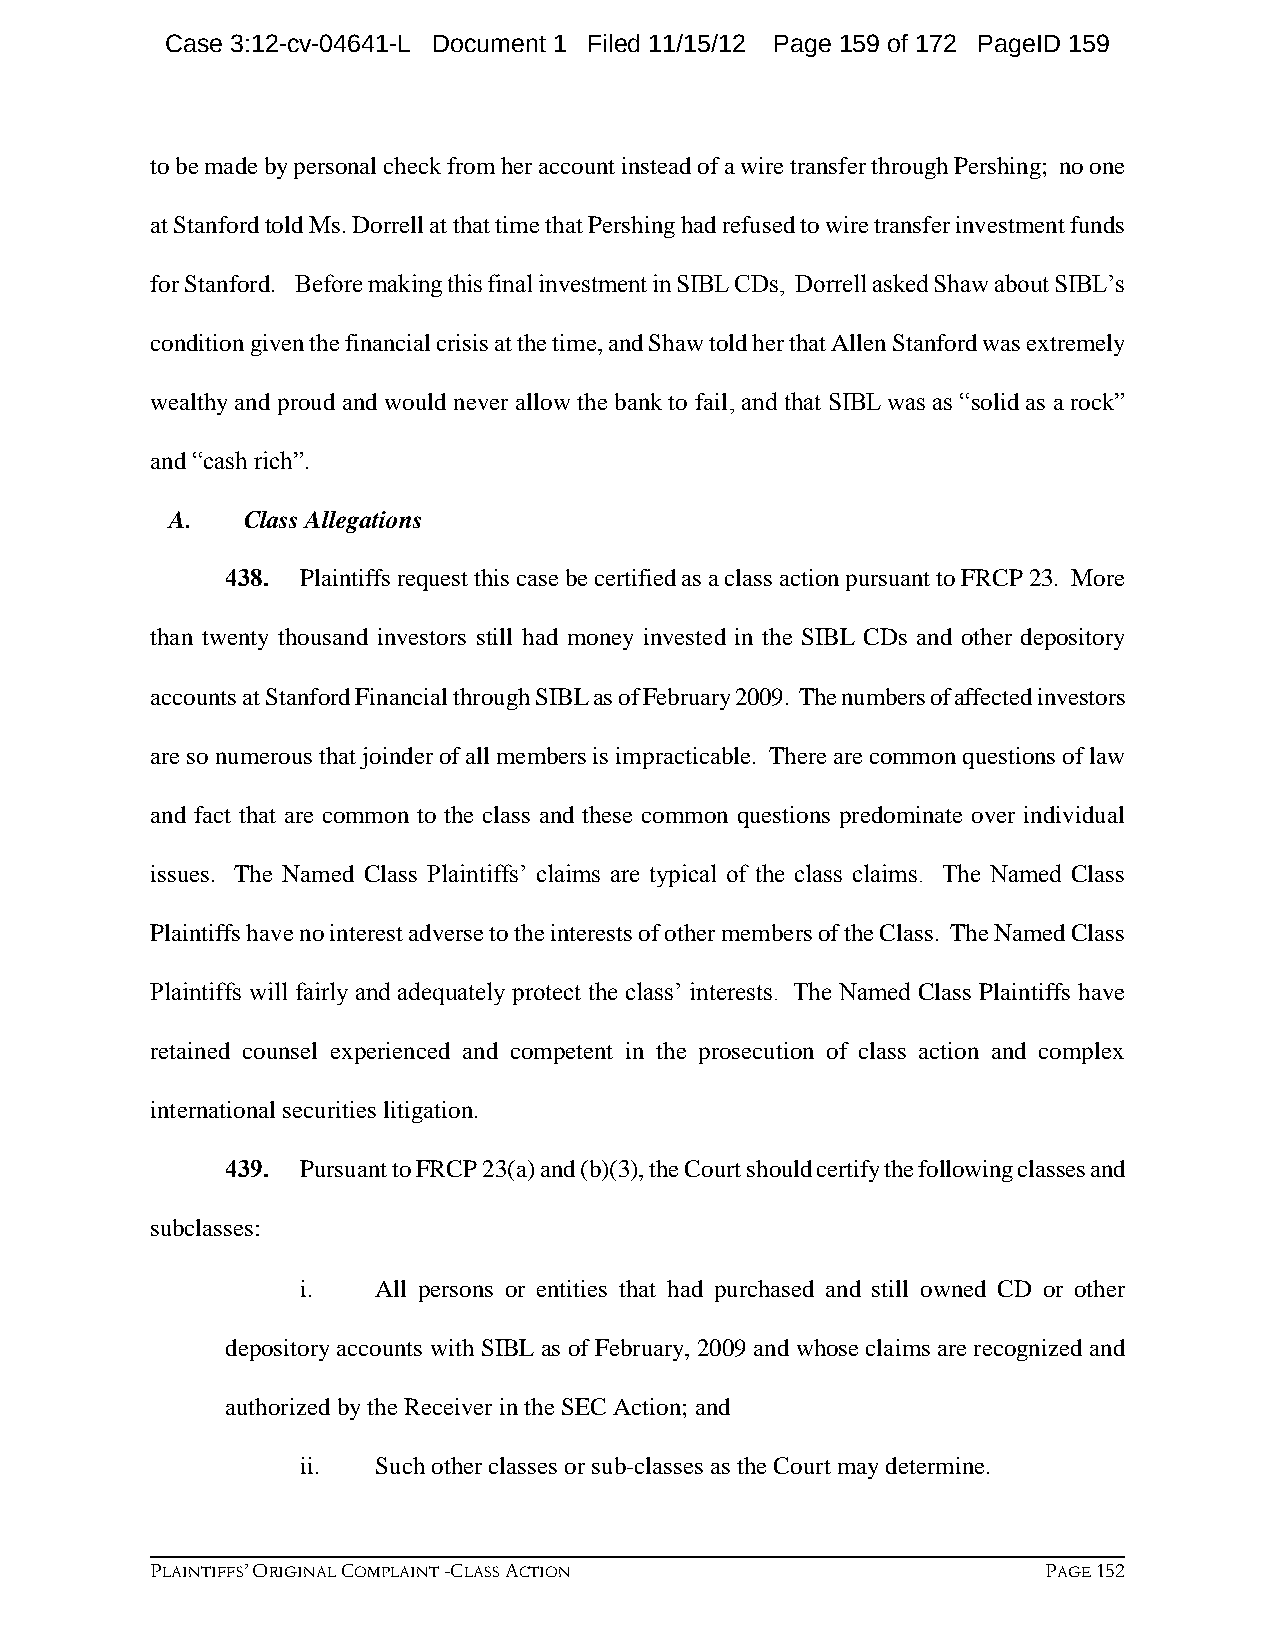
Case 3:12-cv-04641-L Document 1 Filed 11/15/12 Page 159 of 172 PageID 159
 to be made by personal check from her account instead of a wire transfer through Pershing; no one
 at Stanford told Ms. Dorrell at that time that Pershing had refused to wire transfer investment funds
 for Stanford. Before making this final investment in SIBL CDs, Dorrell asked Shaw about SIBL’s
 condition given the financial crisis at the time, and Shaw told her that Allen Stanford was extremely
 wealthy and proud and would never allow the bank to fail, and that SIBL was as “solid as a rock”
 and “cash rich”.
 A.   Class Allegations
 438. Plaintiffs request this case be certified as a class action pursuant to FRCP 23. More
 than twenty thousand investors still had money invested in the SIBL CDs and other depository
 accounts at Stanford Financial through SIBL as of February 2009. The numbers of affected investors
 are so numerous that joinder of all members is impracticable. There are common questions of law
 and fact that are common to the class and these common questions predominate over individual
 issues. The Named Class Plaintiffs’ claims are typical of the class claims. The Named Class
 Plaintiffs have no interest adverse to the interests of other members of the Class. The Named Class
 Plaintiffs will fairly and adequately protect the class’ interests. The Named Class Plaintiffs have
 retained counsel experienced and competent in the prosecution of class action and complex
 international securities litigation.
 439. Pursuant to FRCP 23(a) and (b)(3), the Court should certify the following classes and
 subclasses:
 i.   All persons or entities that had purchased and still owned CD or other
 depository accounts with SIBL as of February, 2009 and whose claims are recognized and
 authorized by the Receiver in the SEC Action; and
 ii.  Such other classes or sub-classes as the Court may determine.
 PLAINTIFFS’ ORIGINAL COMPLAINT -CLASS ACTION               PAGE 152